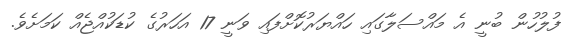
ފުލުހުން ބުނީ އެ މައްސަލާގައި ހައްޔަރުކޮށްފައި ވަނީ 17 އަހަރުގެ ކުޑަކުއްޖެއް ކަމަށެވެ.